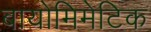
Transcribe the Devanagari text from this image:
बायोमिमेटिक